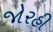
જોરહી